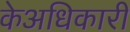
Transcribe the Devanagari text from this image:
केअधिकारी